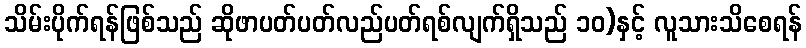
သိမ်းပိုက်ရန်ဖြစ်သည် ဆိုဖာပတ်ပတ်လည်ပတ်ရစ်လျက်ရှိသည် ၁၀)နှင့် လူသားသိစေရန်